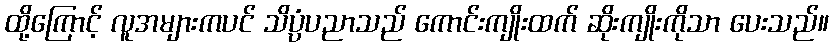
ထို့ကြောင့် လူအများကပင် သိပ္ပံပညာသည် ကောင်းကျိုးထက် ဆိုးကျိုးကိုသာ ပေးသည်။